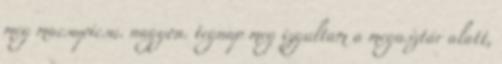
meg macsupicsu. nagyon. tegnap meg izgultam a megasztár alatt,